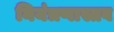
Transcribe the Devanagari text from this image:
नियंत्रणास्तव